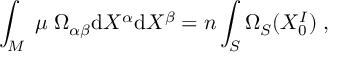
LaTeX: \int _ { M } \; \mu \; \Omega _ { \alpha \beta } \mathrm { d } X ^ { \alpha } \mathrm { d } X ^ { \beta } = n \int _ { S } \Omega _ { S } ( X _ { 0 } ^ { I } ) \; ,